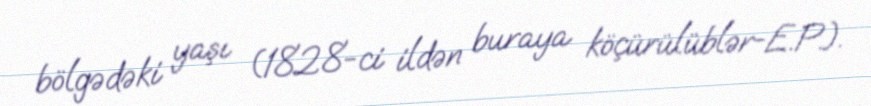
bölgədəki yaşı (1828-ci ildən buraya köçürülüblər-E.P.).